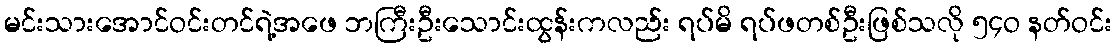
မင်းသားအောင်ဝင်းတင်ရဲ့အဖေ ဘကြီးဦးသောင်းထွန်းကလည်း ရပ်မိ ရပ်ဖတစ်ဦးဖြစ်သလို ၅၄ဝ နတ်ဝင်း